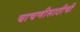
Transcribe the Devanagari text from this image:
चाचणीसाठीची